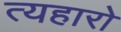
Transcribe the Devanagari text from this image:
त्यहारो